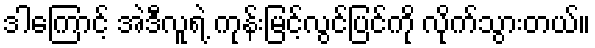
ဒါကြောင့် အဲဒီလူရဲ့ ကုန်းမြင့်လွင်ပြင်ကို လိုက်သွားတယ်။